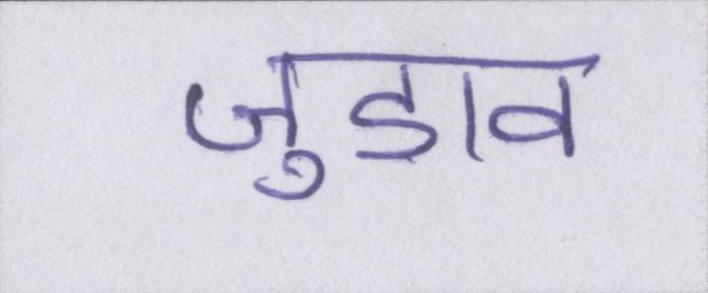
जुडाव